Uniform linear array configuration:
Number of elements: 32
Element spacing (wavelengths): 1
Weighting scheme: blackman
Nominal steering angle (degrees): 45
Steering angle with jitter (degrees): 46.249
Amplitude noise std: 0.05
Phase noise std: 0.05

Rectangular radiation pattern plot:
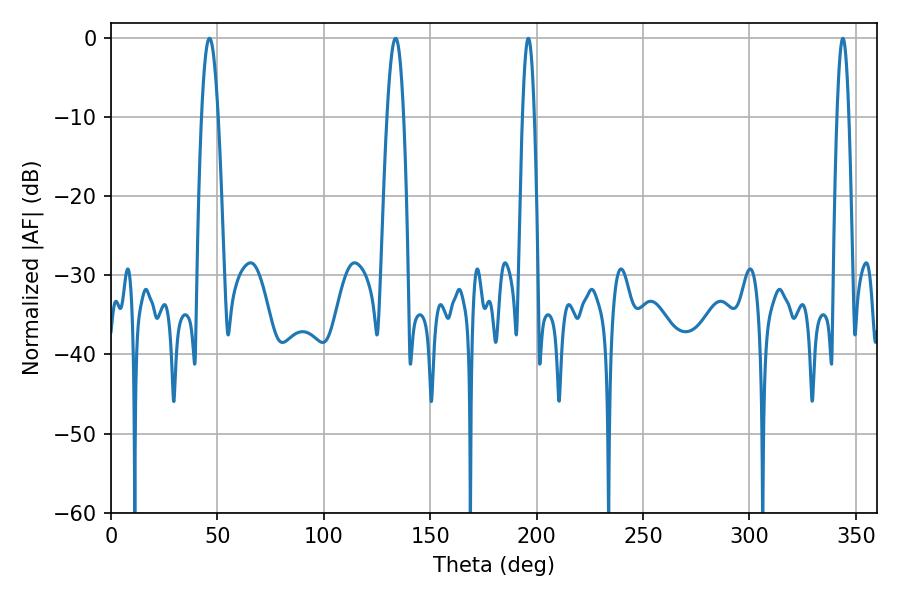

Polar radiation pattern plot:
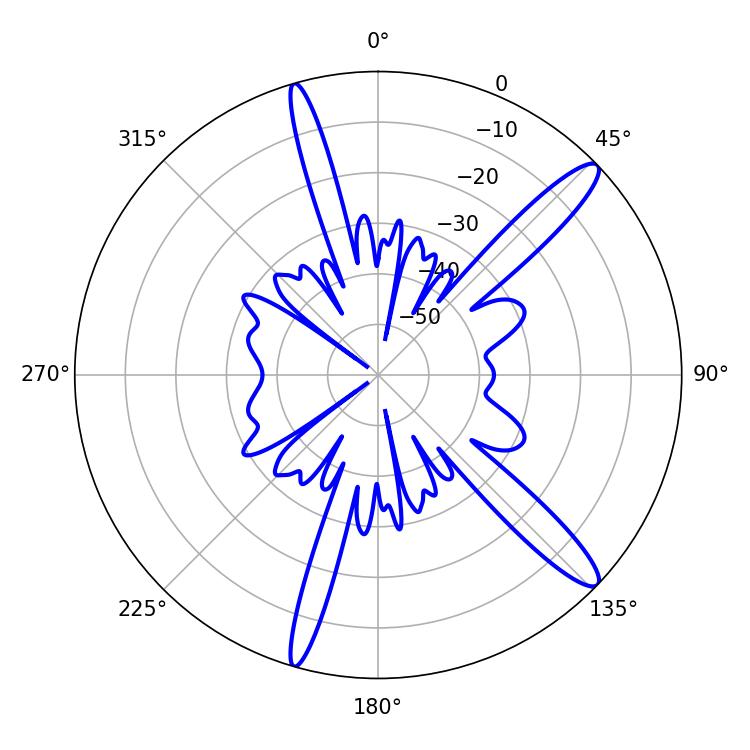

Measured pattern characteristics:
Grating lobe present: TRUE
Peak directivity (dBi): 13.704
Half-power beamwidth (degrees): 4.14
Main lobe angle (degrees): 46.26